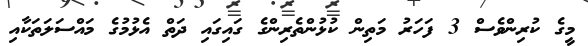
މީގެ ކުރިންވެސް 3 ފަހަރު މަތިން ކުޅުންތެރިންގެ ގައިގައި ދަތް އެޅުމުގެ މައްސަލަތަކާއި